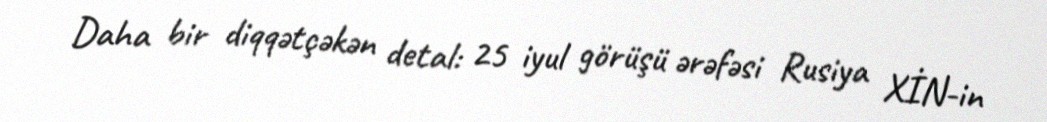
Daha bir diqqətçəkən detal: 25 iyul görüşü ərəfəsi Rusiya XİN-in